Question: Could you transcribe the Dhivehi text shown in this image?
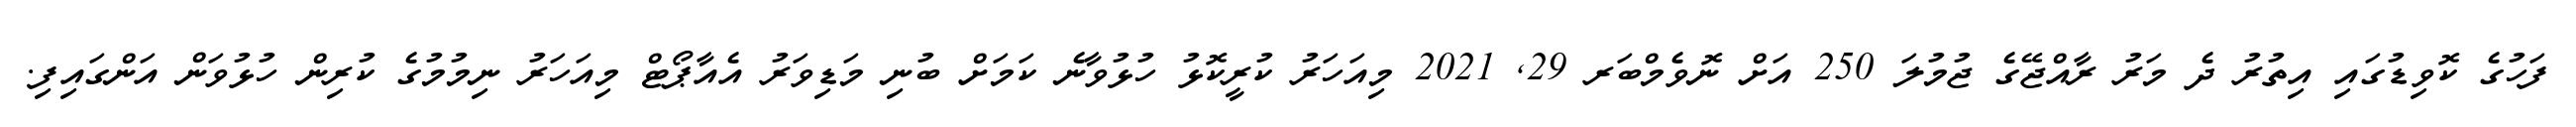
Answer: ފަހުގެ ކޮވިޑުގައި އިތުރު ދެ މަރު ރާއްޖޭގެ ޖުމުލަ 250 އަށް ނޮވެމްބަރ 29, 2021 މިއަހަރު ކުރީކޮޅު ހުޅުވާނެ ކަމަށް ބުނި މަޑިވަރު އެއާޕޯޓް މިއަހަރު ނިމުމުގެ ކުރިން ހުޅުވަން އަންގައިފި.